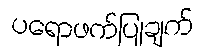
ပရောဖက်ပြုချက်